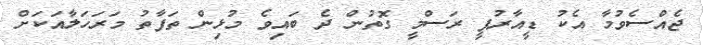
ޖެއްސެވުމާ އެކު ޑީއާރުޕީ ރަސްމީ ގޮތުން ދެ ބައިވެ މުޅިން ތަފާތު މަރަހަލާއަކަށް